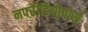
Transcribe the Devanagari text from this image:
नफ्ऱेीडियोपोर्स